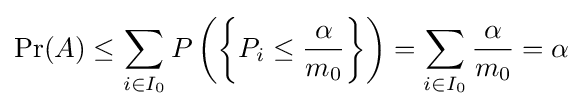
\Pr(A)\leq \sum _{i\in I_{0}}P\left(\left\{P_{i}\leq {\frac {\alpha }{m_{0}}}\right\}\right)=\sum _{i\in I_{0}}{\frac {\alpha }{m_{0}}}=\alpha